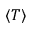
\langle T \rangle